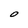
Character: O